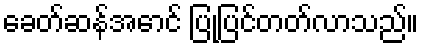
ခေတ်ဆန်အောင် ပြုပြင်တတ်လာသည်။